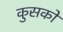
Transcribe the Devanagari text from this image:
कुसको